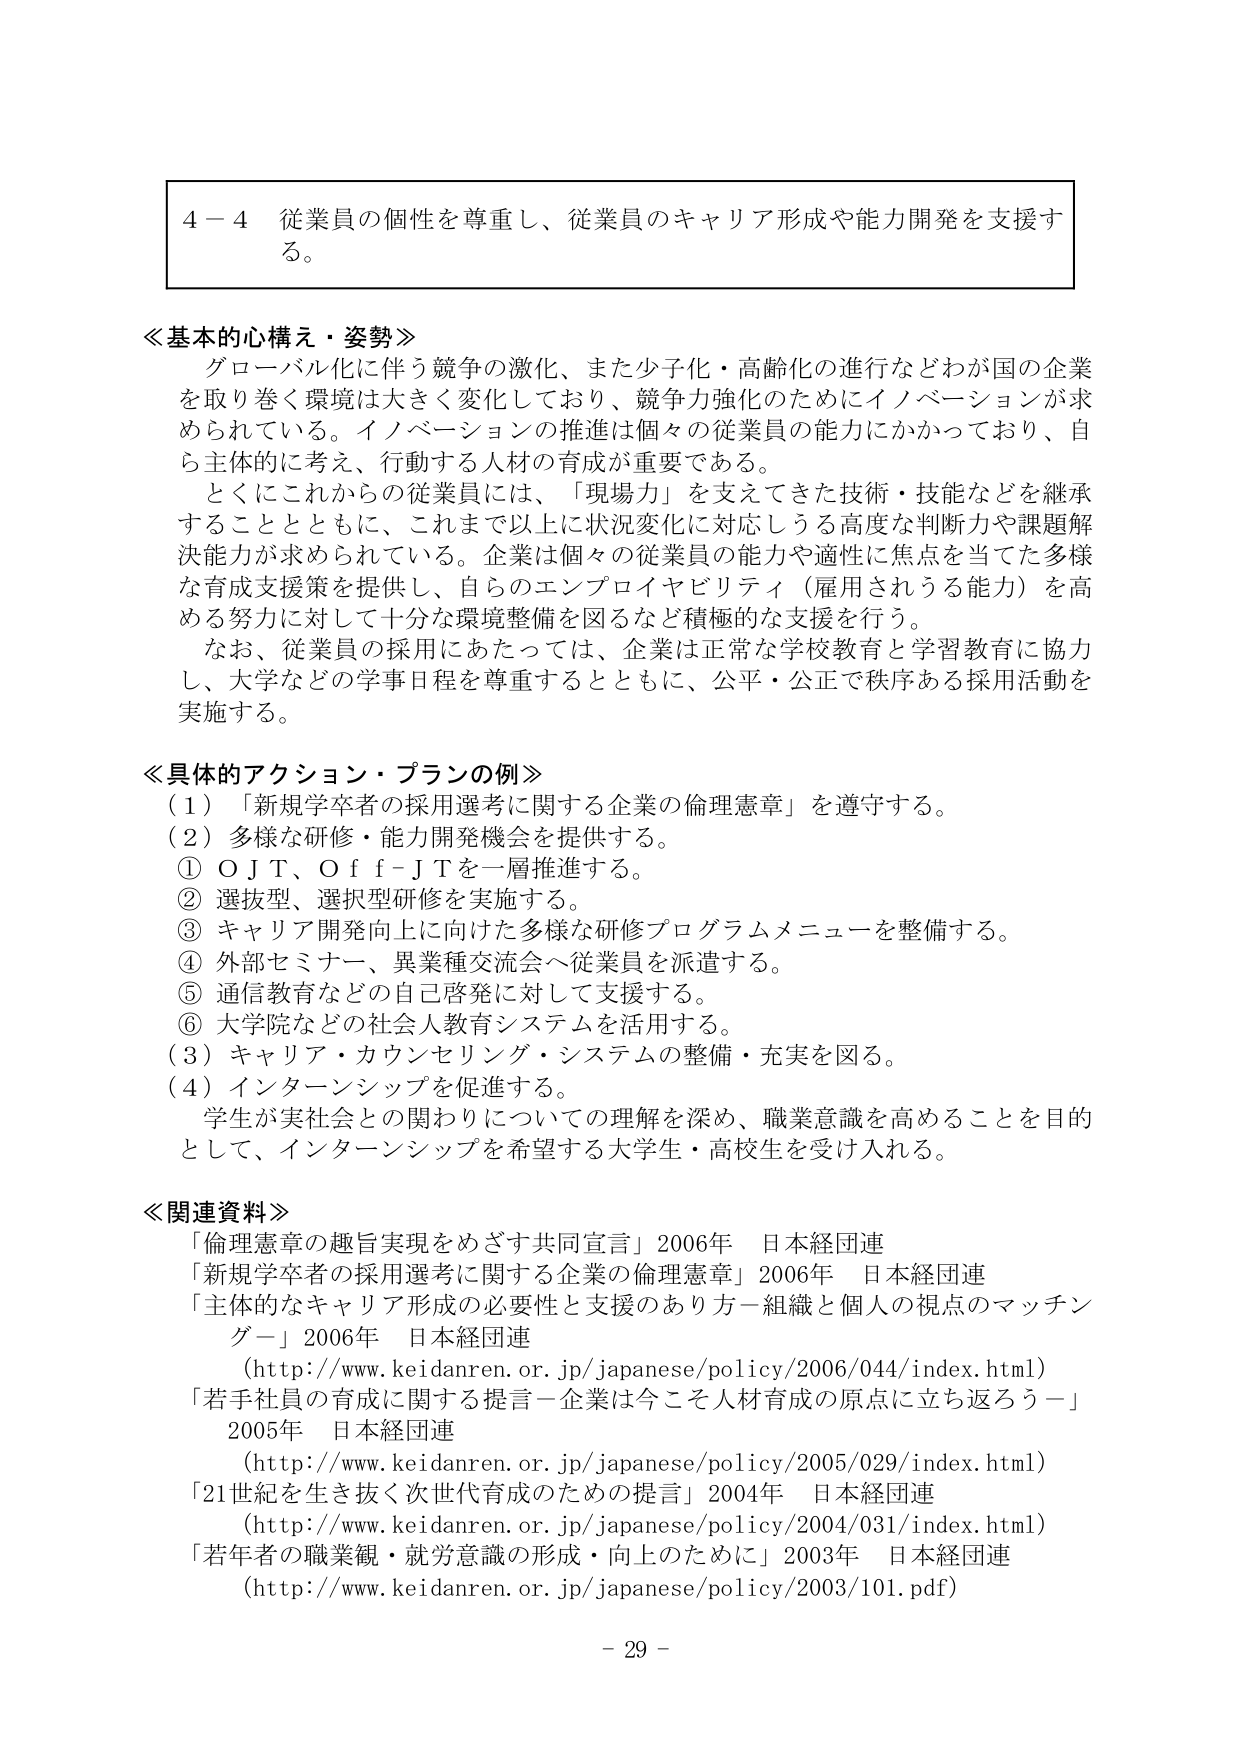
4－4 従業員の個性を尊重し、従業員のキャリア形成や能力開発を支援する。

≪基本的心構え・姿勢≫
グローバル化に伴う競争の激化、また少子化・高齢化の進行などわが国の企業を取り巻く環境は大きく変化しており、競争力強化のためにイノベーションが求められている。イノベーションの推進は個々の従業員の能力にかかっており、自ら主体的に考え、行動する人材の育成が重要である。
とくにこれからの従業員には、「現場力」を支えてきた技術・技能などを継承することとともに、これまで以上に状況変化に対応しうる高度な判断力や課題解決能力が求められている。企業は個々の従業員の能力や適性に焦点を当てた多様な育成支援策を提供し、自らのエンプロイヤビリティ（雇用されうる能力）を高める努力に対して十分な環境整備を図るなど積極的な支援を行う。
なお、従業員の採用にあたっては、企業は正常な学校教育と学習教育に協力し、大学などの学事日程を尊重するとともに、公平・公正で秩序ある採用活動を実施する。

≪具体的アクション・プランの例≫
（1）「新規学卒者の採用選考に関する企業の倫理憲章」を遵守する。
（2）多様な研修・能力開発機会を提供する。
① OJT、Off-JTを一層推進する。
② 選抜型、選択型研修を実施する。
③ キャリア開発向上に向けた多様な研修プログラムメニューを整備する。
④ 外部セミナー、異業種交流会へ従業員を派遣する。
⑤ 通信教育などの自己啓発に対して支援する。
⑥ 大学院などの社会人教育システムを活用する。
（3）キャリア・カウンセリング・システムの整備・充実を図る。
（4）インターンシップを促進する。
学生が実社会との関わりについての理解を深め、職業意識を高めることを目的として、インターンシップを希望する大学生・高校生を受け入れる。

≪関連資料≫
「倫理憲章の趣旨実現をめざす共同宣言」2006年 日本経団連
「新規学卒者の採用選考に関する企業の倫理憲章」2006年 日本経団連
「主体的なキャリア形成の必要性と支援のあり方－組織と個人の視点のマッチング－」2006年 日本経団連
（http://www.keidanren.or.jp/japanese/policy/2006/044/index.html）
「若手社員の育成に関する提言－企業は今こそ人材育成の原点に立ち返ろう－」2005年 日本経団連
（http://www.keidanren.or.jp/japanese/policy/2005/029/index.html）
「21世紀を生き抜く次世代育成のための提言」2004年 日本経団連
（http://www.keidanren.or.jp/japanese/policy/2004/031/index.html）
「若年者の職業観・就労意識の形成・向上のために」2003年 日本経団連
（http://www.keidanren.or.jp/japanese/policy/2003/101.pdf）

- 29 -